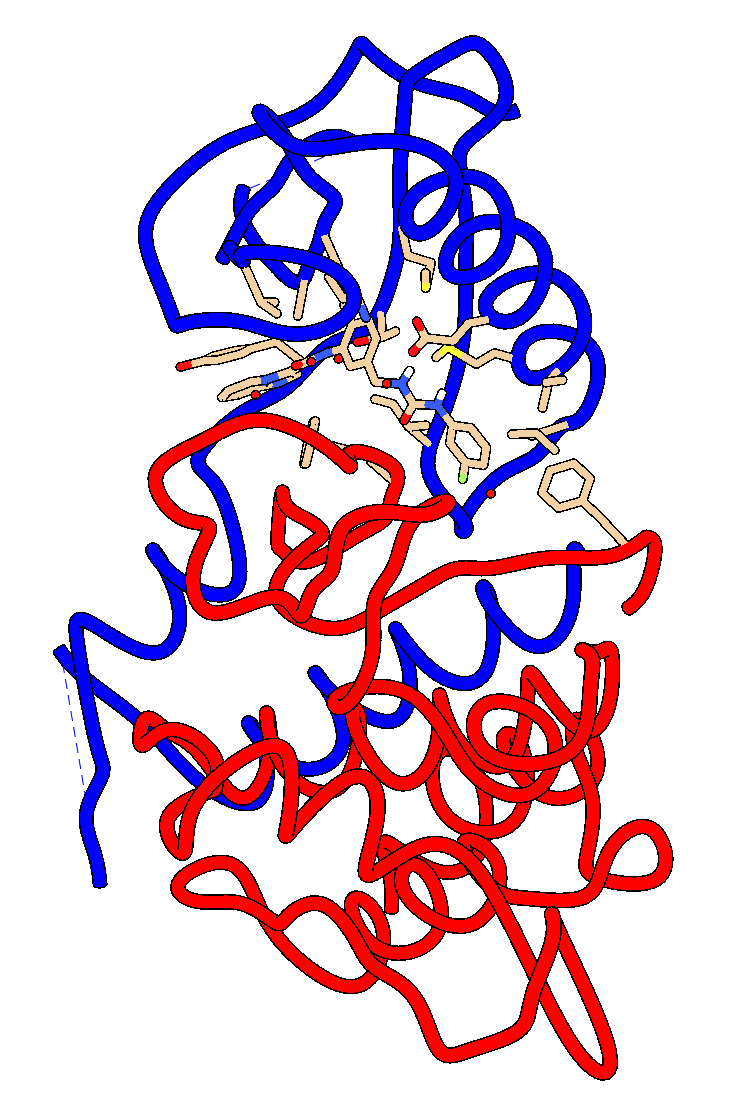
chimera, silhouette, licorice